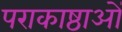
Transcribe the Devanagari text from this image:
पराकाष्ठाओं